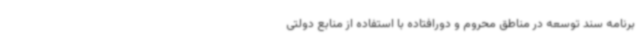
برنامه سند توسعه در مناطق محروم و دورافتاده با استفاده از منابع دولتی